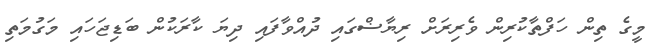
މީގެ ތިން ހަފްތާކުރިން ވެރިރަށް ރިޔާޟްގައި ދުއްވާފައި ދިޔަ ކާރަކުން ބަޑިޖަހައި މަގުމަތި